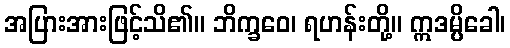
အပြားအားဖြင့်သိ၏။ ဘိက္ခဝေ၊ ရဟန်းတို့။ ဣဒမ္ပိခေါ၊